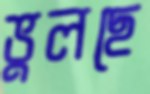
ভুলছে